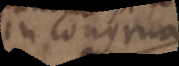
in congrua